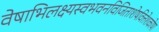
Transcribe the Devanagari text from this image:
वेषाभिलक्ष्यस्वभवनविजिताशेषवित्तेशकोषा